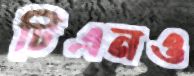
টিএনও